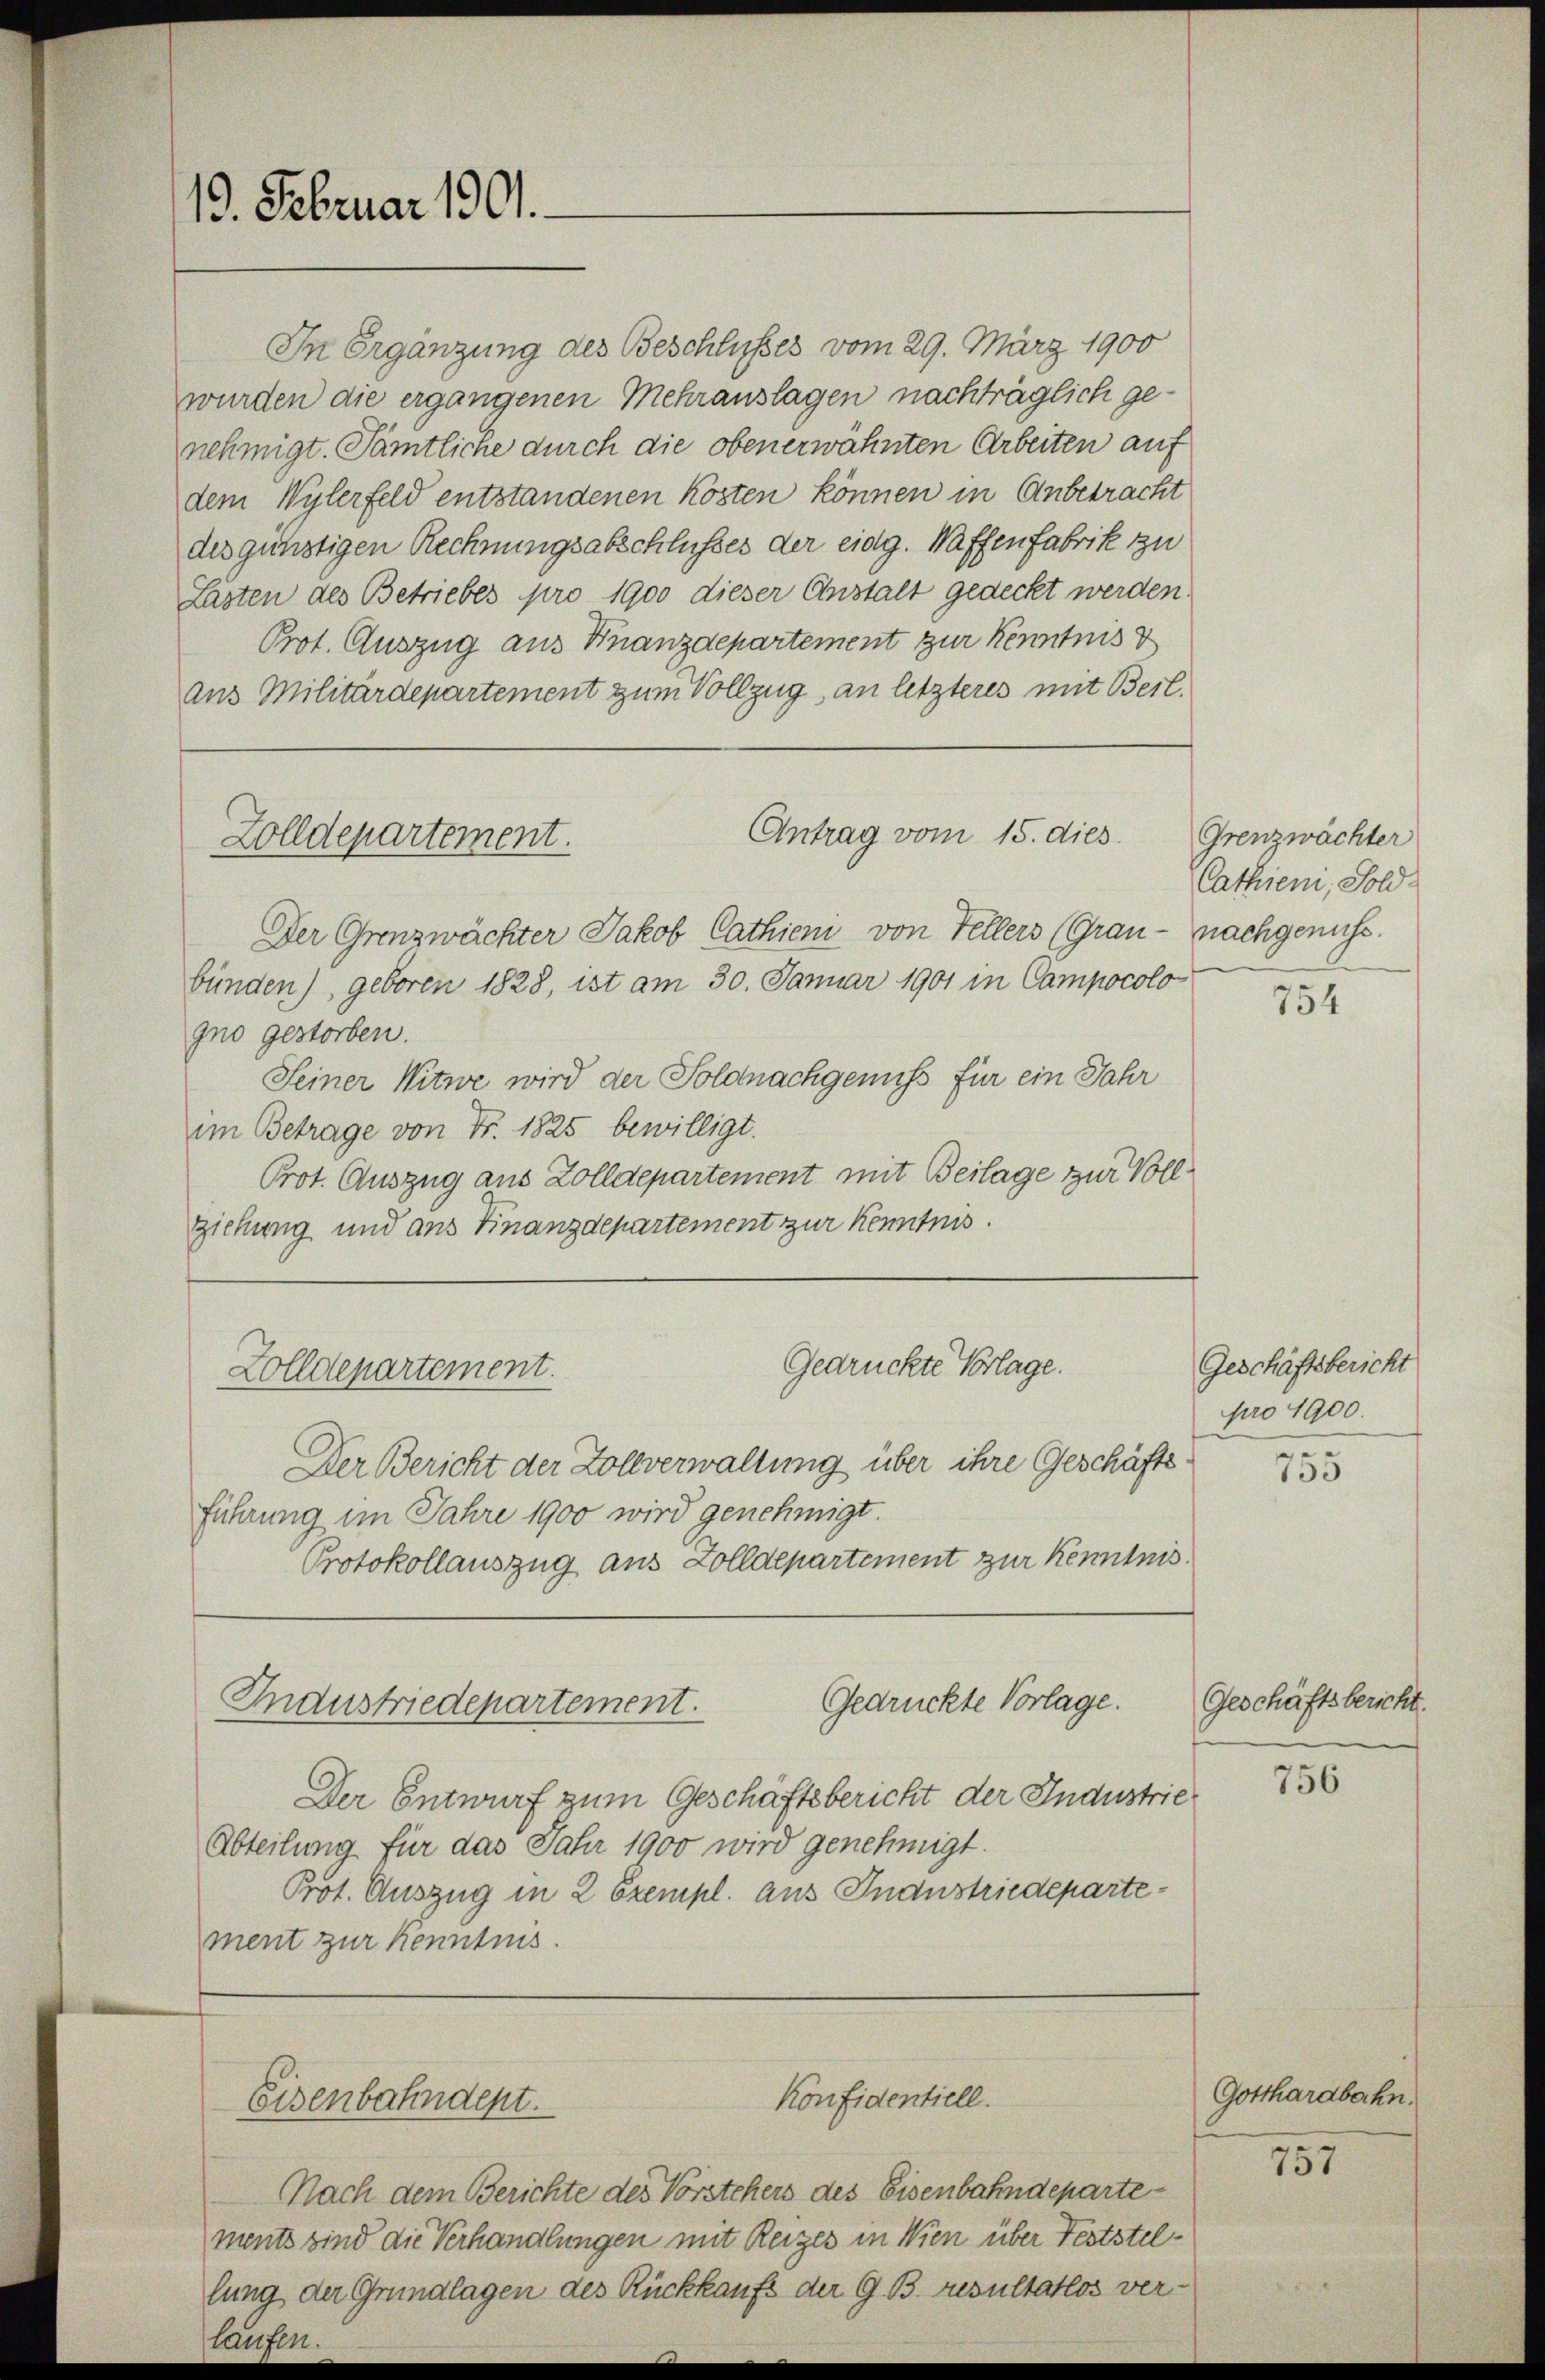
13. Februar 1901.

In Ergänzung des Beschlusses vom 29. März 1900
wurden die ergangenen Mehrauslagen nachträglich genehmigt. Sämtliche durch die obenerwähnten Arbeiten auf
dem Wylerfeld entstandenen Kosten können in Anbetracht
des günstigen Rechnungsabschlusses der eidg. Waffenfabrik zu
Lasten des Betriebes pro 1900 dieser Anstalt gedeckt werden.
Prot. Auszug aus Finanzdepartement zur Kenntnis d
aus Militärdepartement zum Vollzug an letzteres mit Beil.
Antrag vom 15. dies
Der Grenzwächter Jakob Cathieni von Fellers (Grau - nachgenuss.
bünden), geboren 1828, ist am 30. Januar 1901 in Campocolo
gno gestorben.
Seiner Witwe wird der Soldnachgenuss für ein Jahr
im Betrage von Fr. 1825 bewilligt.
Prot. Auszug aus Zolldepartement mit Beilage zur Vollziehung und aus Finanzdepartement zur Kenntnis.
Gedrückte Vorlage.
Zolldepartement.
Der Bericht der Zollverwaltung über ihre Geschäftsführung im Jahre 1900 wird genehmigt.
Protokollauszug aus Zolldepartement zur Kenntnis
Gedrückte Vorlage.
Industriedepartement.
Der Entwurf zum Geschäftsbericht der Industrie¬
Abteilung für das Jahr 1900 wird genehmigt.
Prot. Auszug in 2 Exempl. aus Inanstriedepartement zur Kenntnis.

Zolldepartement.

Konfidentiell.
Eisenbahndept.

Nach dem Berichte des Vorstehers des Eisenbahndepartements sind die Verhandlungen mit Reizes in Wien über Feststellung der Grundlagen des Rückkaufs der G. B. resultatlos ver¬

Grenzwächter
Cathieni, Sold

754

Geschäftsbericht
pro 1900.
755

Geschäftsbericht.

756

Gotthardbahn.
757